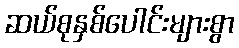
ဆယ်စုနှစ်ပေါင်းများစွာ